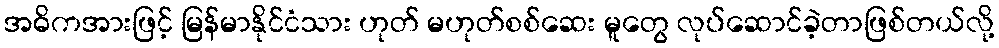
အဓိကအားဖြင့် မြန်မာနိုင်ငံသား ဟုတ် မဟုတ်စစ်ဆေး မူတွေ လုပ်ဆောင်ခဲ့တာဖြစ်တယ်လို့